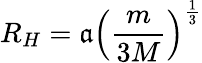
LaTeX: R_{H}=\mathfrak{a}\left({\frac{{m}}{{3M}}}\right)^{\frac{{1}}{{3}}}